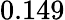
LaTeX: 0.149